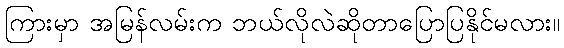
ကြားမှာ အမြန်လမ်းက ဘယ်လိုလဲဆိုတာပြောပြနိုင်မလား။